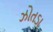
ઝોતડા